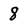
Character: 8